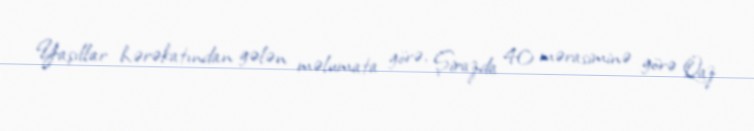
Yaşıllar hərəkatından gələn məlumata görə, Şirazda 40 mərasiminə görə Qaz